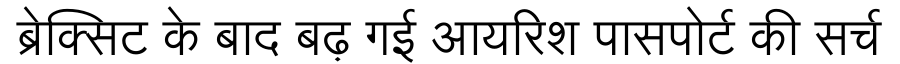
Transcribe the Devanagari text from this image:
ब्रेक्सिट के बाद बढ़ गई आयरिश पासपोर्ट की सर्च